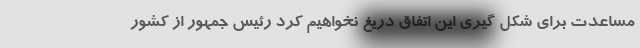
مساعدت برای شکل گیری این اتفاق دریغ نخواهیم کرد رئیس جمهور از کشور